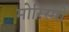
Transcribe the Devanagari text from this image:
मोरिस्मो